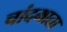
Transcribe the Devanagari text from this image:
चांदमाता